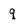
Character: q